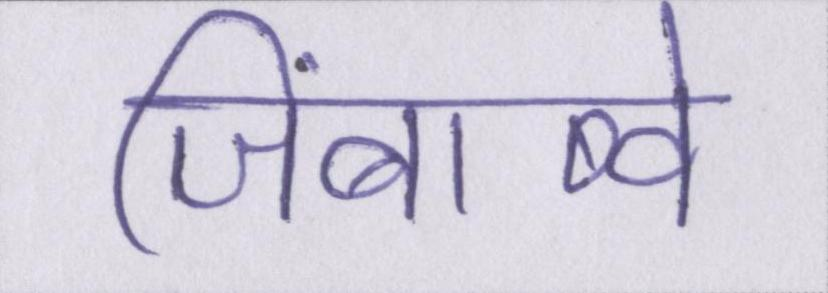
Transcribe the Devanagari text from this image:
जिंबाब्वे